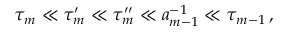
\tau _ { m } \ll \tau _ { m } ^ { \prime } \ll \tau _ { m } ^ { \prime \prime } \ll a _ { m - 1 } ^ { - 1 } \ll \tau _ { m - 1 } \, ,